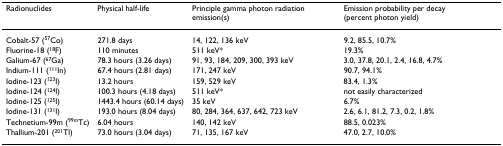
<table><thead><tr><td><b>Radionuclides</b></td><td><b>Physical half-life</b></td><td><b>Principle gamma photon radiation emission(s)</b></td><td><b>Emission probability per decay (percent photon yield)</b></td></tr></thead><tbody><tr><td>Cobalt-57 (<sup>57</sup>Co)</td><td>271.8 days</td><td>14, 122, 136 keV</td><td>9.2, 85.5, 10.7%</td></tr><tr><td>Fluorine-18 (<sup>18</sup>F)</td><td>110 minutes</td><td>511 keV*</td><td>19.3%</td></tr><tr><td>Galium-67 (<sup>67</sup>Ga)</td><td>78.3 hours (3.26 days)</td><td>91, 93, 184, 209, 300, 393 keV</td><td>3.0, 37.8, 20.1, 2.4, 16.8, 4.7%</td></tr><tr><td>Indium-111 (<sup>111</sup>In)</td><td>67.4 hours (2.81 days)</td><td>171, 247 keV</td><td>90.7, 94.1%</td></tr><tr><td>Iodine-123 (<sup>123</sup>I)</td><td>13.2 hours</td><td>159, 529 keV</td><td>83.4, 1.3%</td></tr><tr><td>Iodine-124 (<sup>124</sup>I)</td><td>100.3 hours (4.18 days)</td><td>511 keV*</td><td>not easily characterized</td></tr><tr><td>Iodine-125 (<sup>125</sup>I)</td><td>1443.4 hours (60.14 days)</td><td>35 keV</td><td>6.7%</td></tr><tr><td>Iodine-131 (<sup>131</sup>I)</td><td>193.0 hours (8.04 days)</td><td>80, 284, 364, 637, 642, 723 keV</td><td>2.6, 6.1, 81.2, 7.3, 0.2, 1.8%</td></tr><tr><td>Technetium-99m (<sup>99m</sup>Tc)</td><td>6.04 hours</td><td>140, 142 keV</td><td>88.5, 0.023%</td></tr><tr><td>Thallium-201 (<sup>201</sup>Tl)</td><td>73.0 hours (3.04 days)</td><td>71, 135, 167 keV</td><td>47.0, 2.7, 10.0%</td></tr></tbody></table>